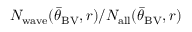
N _ { \mathrm { w a v e } } ( { \bar { \theta } } _ { \mathrm { B V } } , r ) / N _ { \mathrm { a l l } } ( { \bar { \theta } } _ { \mathrm { B V } } , r )